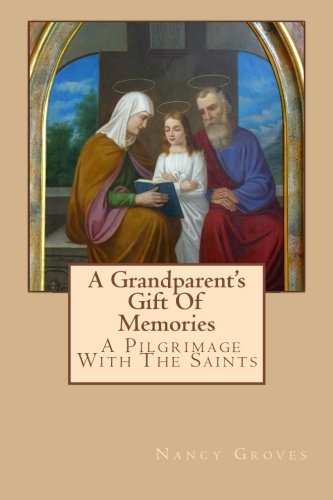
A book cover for A Grandparent's Gift Of Memories - A Pilgrimage With The Saints; Nancy Groves; Parenting & Relationships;